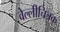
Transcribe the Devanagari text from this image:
वेल्लीचित्रक